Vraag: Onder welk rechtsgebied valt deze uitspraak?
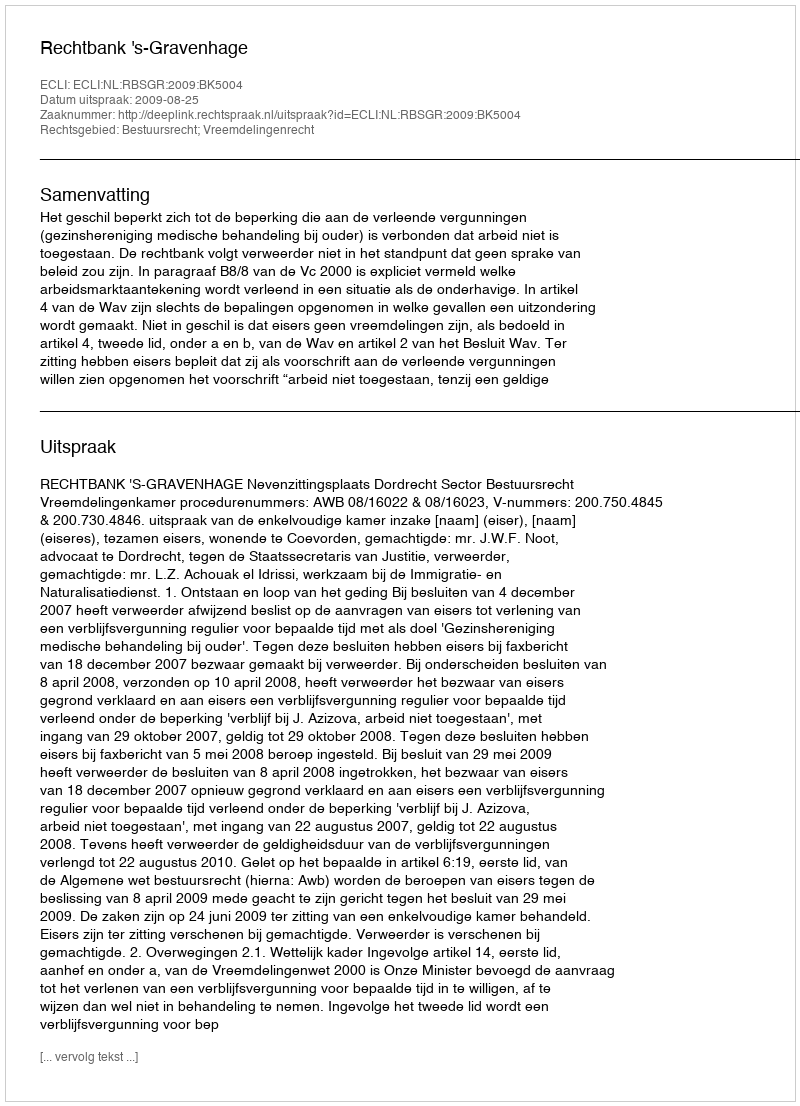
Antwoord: Bestuursrecht; Vreemdelingenrecht